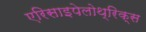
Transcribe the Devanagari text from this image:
एरिसाइपेलोथ्रिक्स